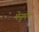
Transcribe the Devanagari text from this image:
मेनूमेंट